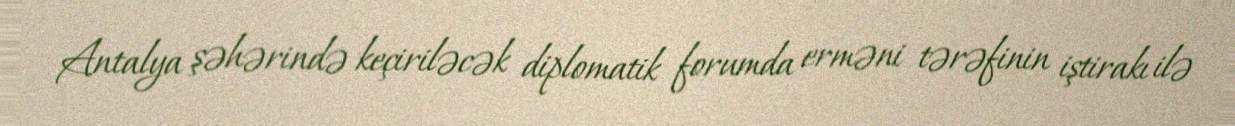
Antalya şəhərində keçiriləcək diplomatik forumda erməni tərəfinin iştirakı ilə